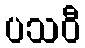
ပသဝီ